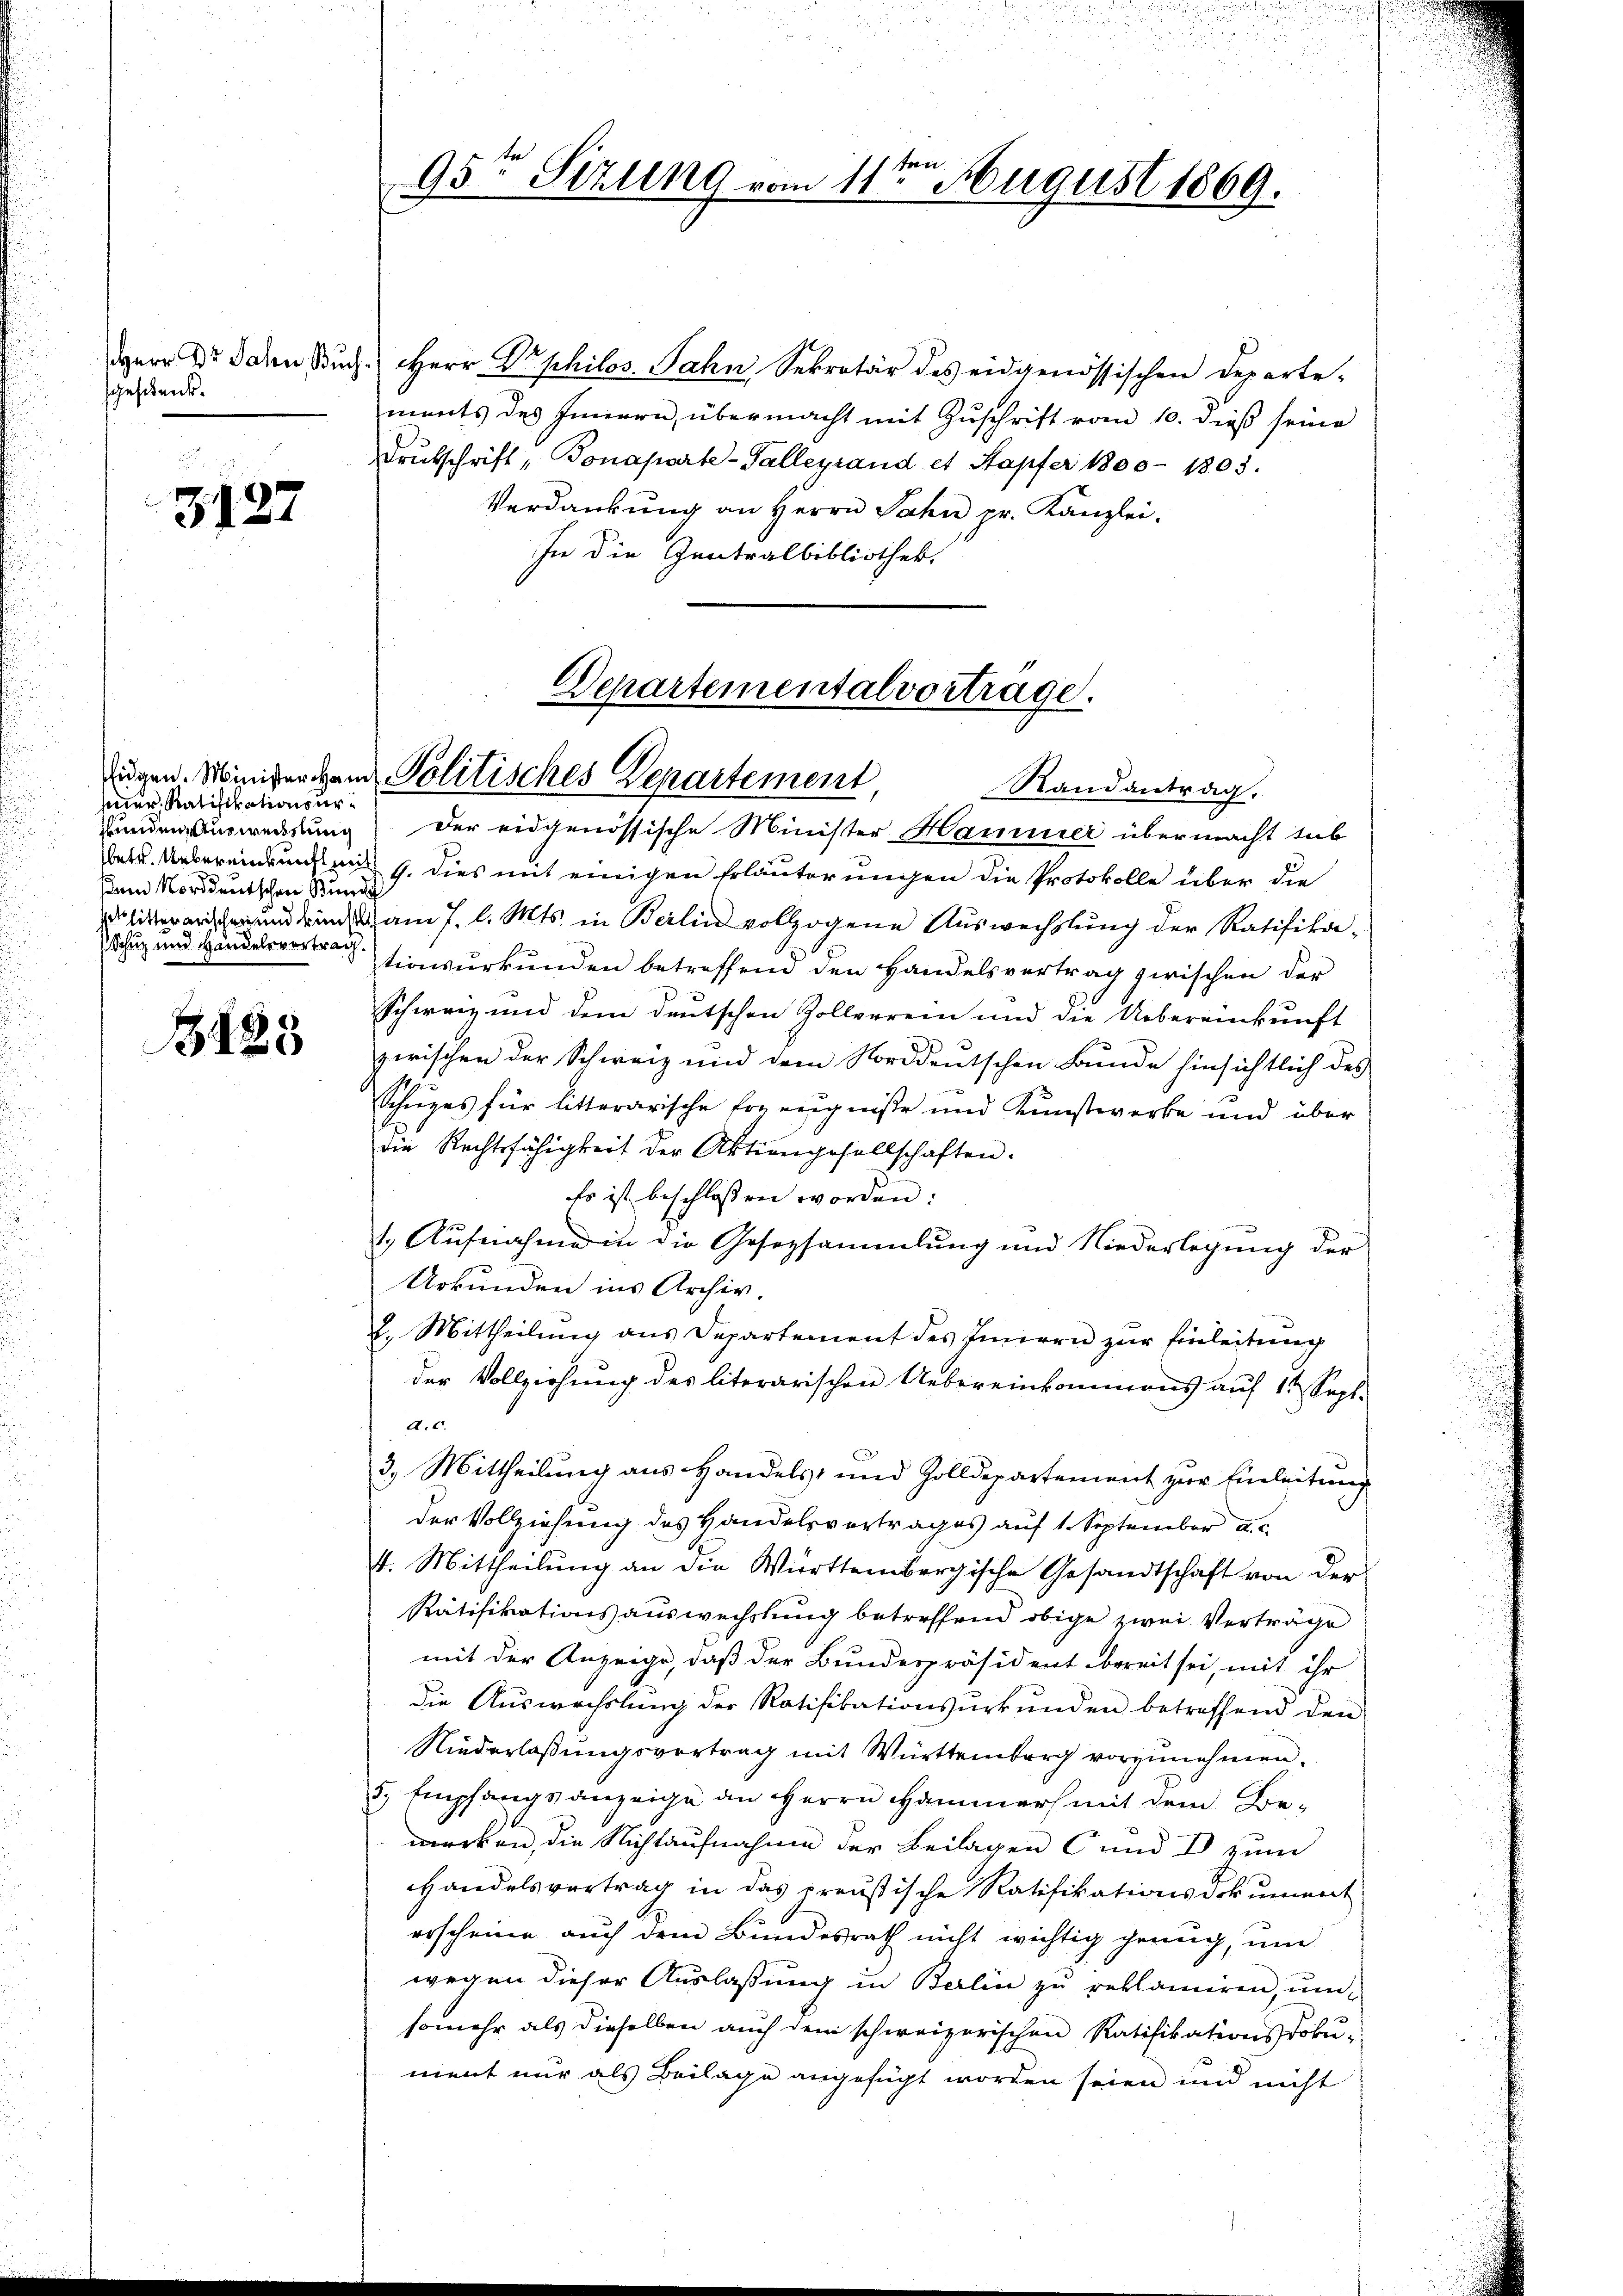
sgeschen.

3127

sner, Ratifikationsursem Norddeutschen Bunde
Schuz und Hindelsvertrag.

3485

95te Sizung vom 11ten August 1869.

Herr Dr. daten Bŭch Herr Dr. philos. Jahn Sekretär des eidgenössischen Departe-
ments des Innern, übermacht mit Zuschrift vom 10. dieß seine
Drukschrift, Bonaparte-Galleyrand et Stapfer 1800 - 1805.
Verdankung an Herrn Jahn, pr. Kanzlei-
In die Zentralbibliothek.

Departementalvortrage.
ügen. Miniger Hand Politisches Departement,
Randantrag.

Bunden Ausweisung der eidgenössische Minister Hammer übermacht sub
betr. Uebereinkungen 1. dies mit einigen Erläuterungen die Protokolle über die
  und und am 7. d. Mts. in Berlin vollzogene Auswechslung der Ratifikationsurkunden betreffend den Handelsvertrag zwischen der
Schweiz und dem deutschen Zollverein und die Uebereinkunft
zwischen der Schweiz und dem Norddeutschen Bunde hinsichtlich des
Schuzes für litterarische Erzeugniße und Kunstwerke und über
die Rechtsfähigkeit der Aktiengesellschaften.
Es ist beschlossen worden:
1. Aufnahme in die Gesetzsammlung und Niederlegung der
Urkunden ins Archiv.
2. Mittheilung aus Departement des Innern zur Einleitung
der Vollziehung des literarischen Uebereinkommens auf 12 Sept.
A. c.
3. Mittheilung aus Handels- und Zolldepartement zur Einleitung
der Vollziehung des Handelsvertrages auf 1. September a. c.
4. Mittheilung an die Württembergische Gesandtschaft von der
Ratifikationsauswechslung betreffend obige zwei Verträge
mit der Anzeige, daß der Bundespräsident bereit sei, mit ihr
die Auswechslung der Ratifikationsurkunden betreffend den
Niederlaßungsvertrag mit Württemberg vorzunehmen.
5. Empfangs anzeige an Herrn Hammer mit dem Bemerken, die Nichtaufnahme der Beilagen und I zum
Handelsvertrag in das preußische Ratifikationsdokument
erscheine auch dem Bundesrath nicht wichtig genug, um
wegen dieser Auslassung in Berlin zu reklamiren, um
somehr als dieselben auch dem schweizerischen Ratifikationsdokument nur als Beilage angefügt worden seien und nicht